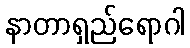
နာတာရှည်ရောဂါ